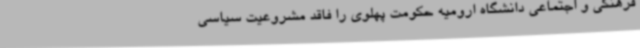
فرهنگی و اجتماعی دانشگاه ارومیه حکومت پهلوی را فاقد مشروعیت سیاسی